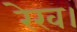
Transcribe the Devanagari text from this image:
रेख।